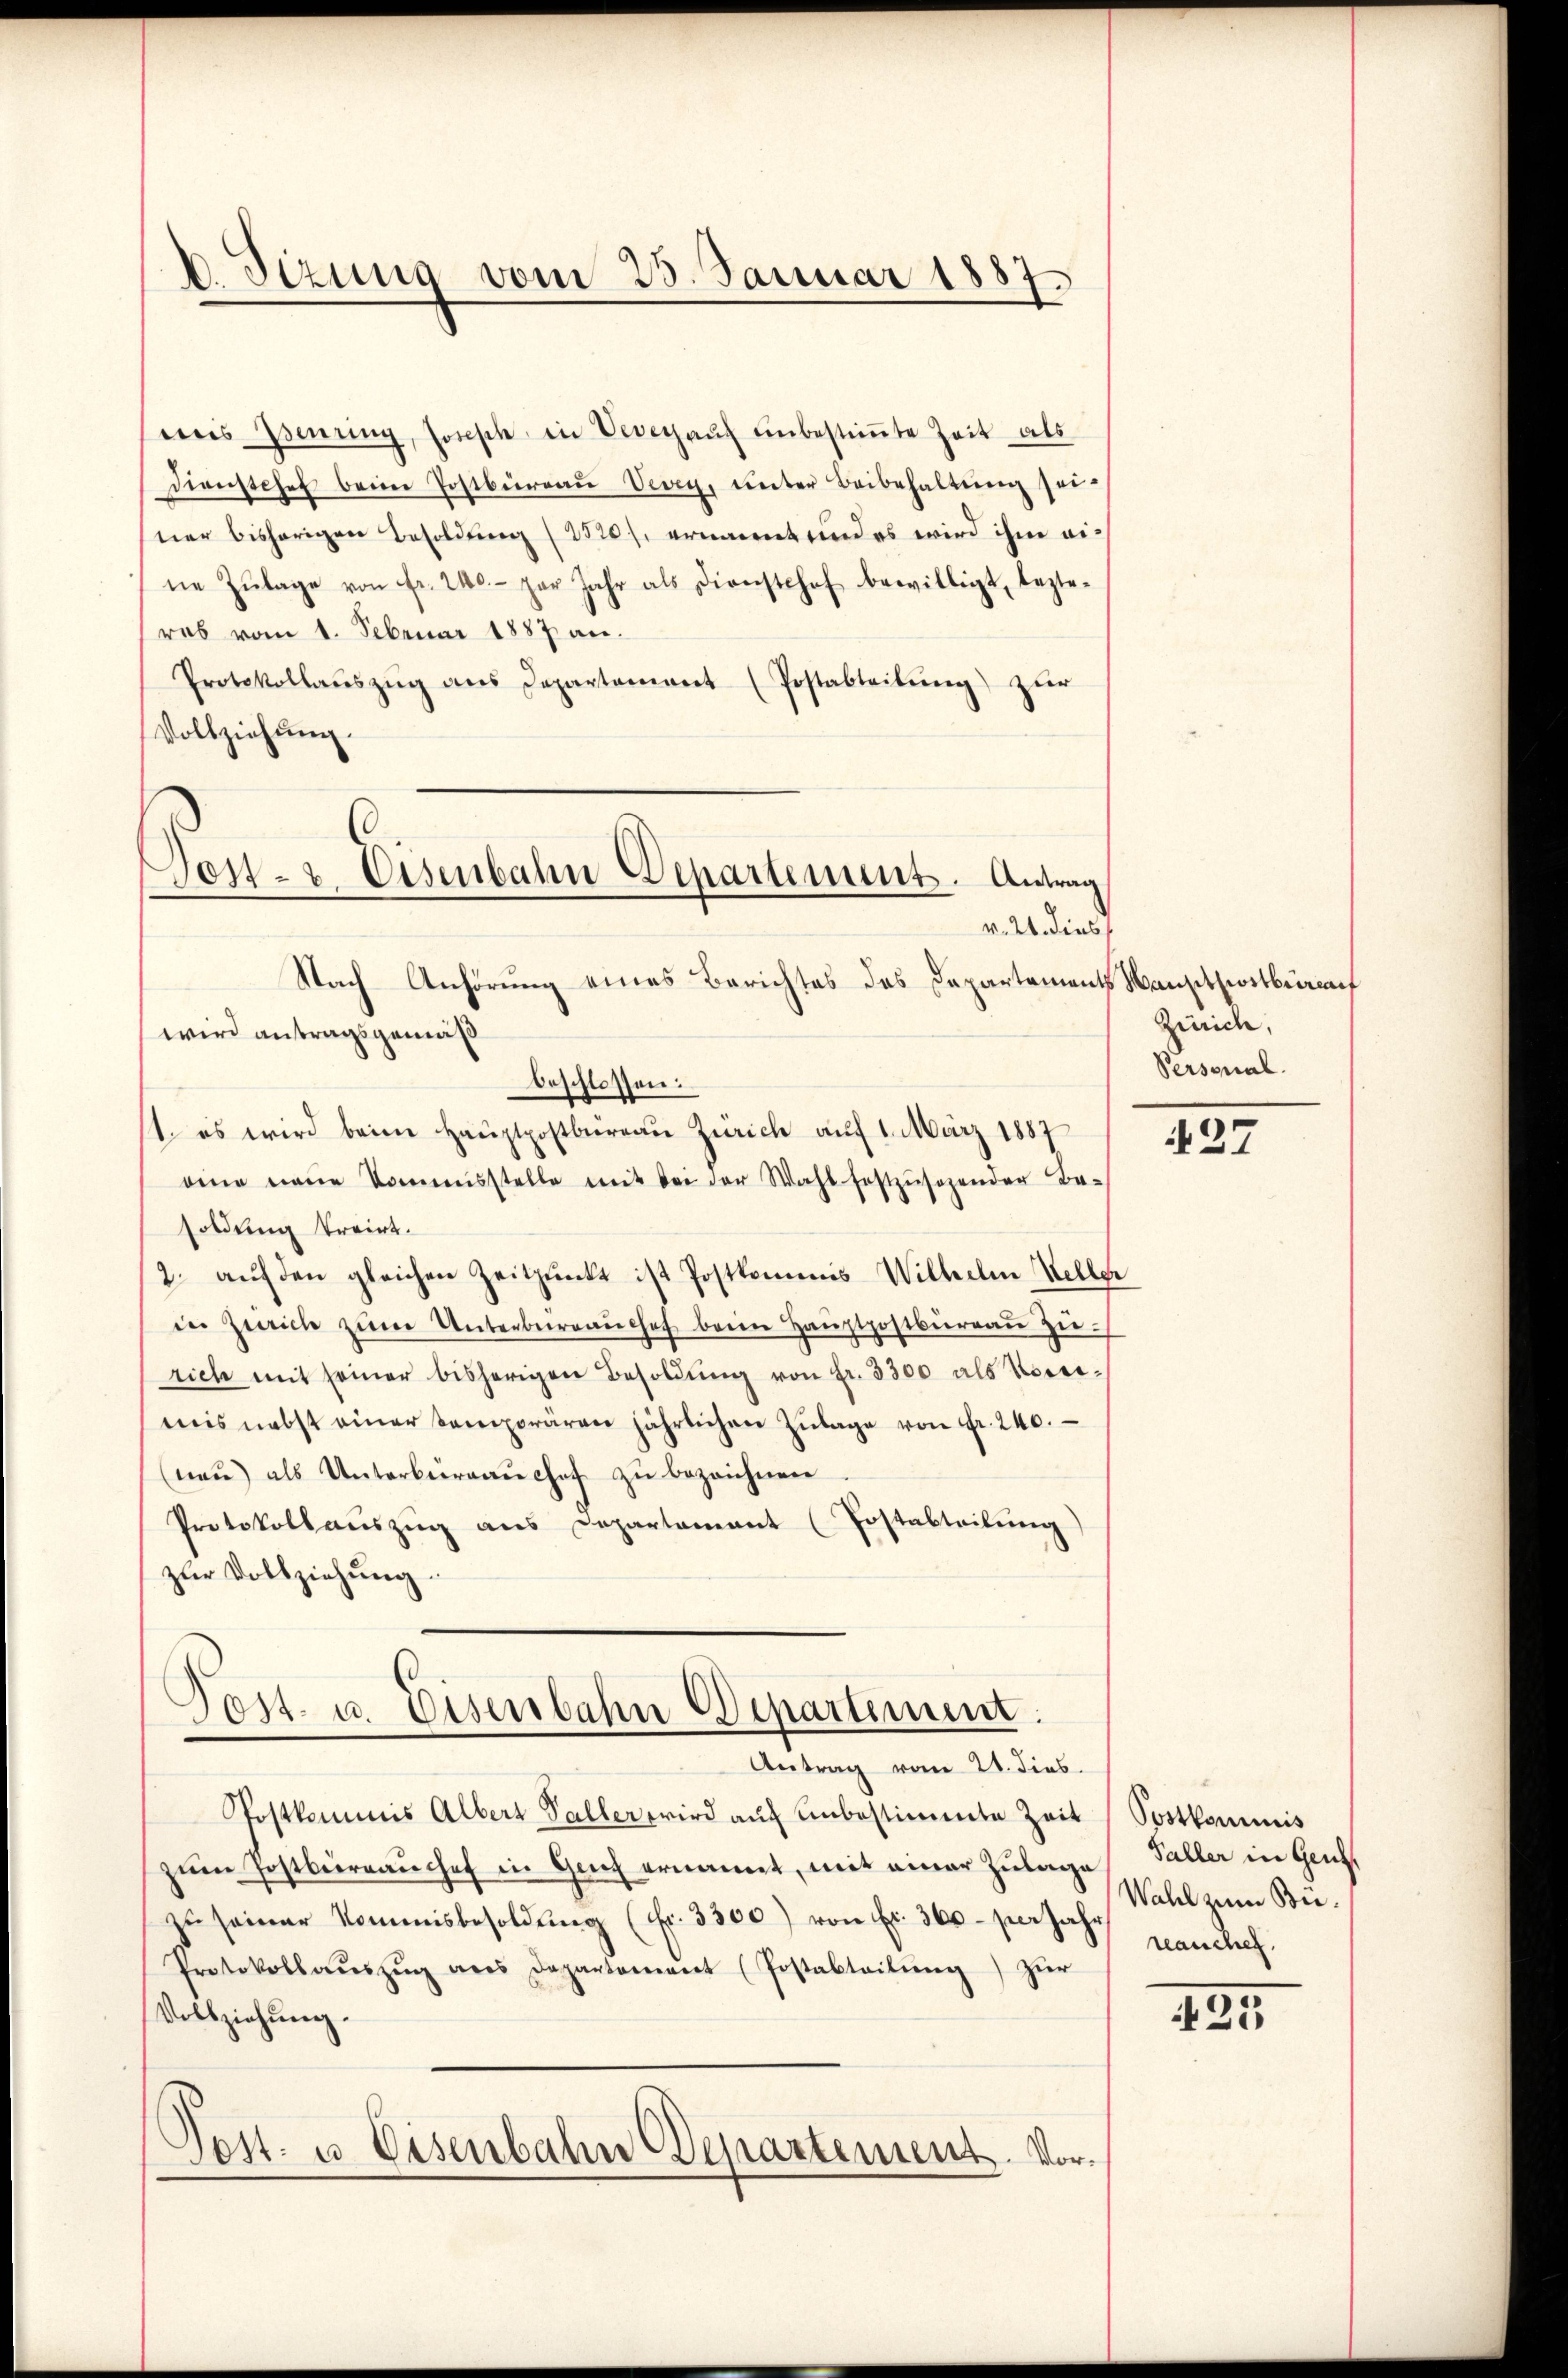
V. Tizuna vom 25. Januar 1887
d

weis Isenring, Joseph in Veverauf unbestimmte Zeit als
dienstehen beim Postbüreaŭ Vevey, unter Beibehaltŭng sei-
ner bisherigen Besoldung (2120/. ernannt und es wird ihm eine Zŭlage von fr. 240.- par Jahr als Dienstehof bewilligt, lezte-
ros vom 1. Februar 1887 an.
Protokollaŭszŭg ans Departement (Postabteilŭng zŭr
Vollziehung.

Von- Eisenbahn Departement. Antrag
v. 2. diesf
Nach Anhörung eines Berichtes des Departements Mansitzeitbenach

wird antragsgemäß
beschlossen:
1. es wird beim Haŭptpostbüreau Zürich auf 1. März 1887
eine neue kommensstelle mit bei der Wahl festzŭsezender Be-
soldung treirt.
2. aŭf den gleichen Zeitpunkt ist Postkommnis Wilhelm Stelle
in Zürich zŭm Unterbüreaŭchef beim Hauptpostbüreaŭ zŭ-
rich mit seiner bisherigen Besoldŭng von Fr. 3300 als Vorrimis nebst einer semporären jährlichen Zŭlage von Fr. 240.
nau) als Unterbierauchef zu bezeichnen
Protokollaŭszŭg ans Departamant (Postabteilung)
zŭr Vollziehung.
Post- u. Eisenbahn Departinum.
Antrag vom 21. dies
Postkommis Albert Taller wird auf unbestimmte Zeit
zŭm Postbüreaŭchef in Genf ernannt, mit einer Zulage
zŭ seiner Kommisbesoldŭng (fr. 3300) von Fr. 300 per Jahr
Protokollaŭszŭg ans Departoniert (Postabteilŭng zŭr
Vollziehung.
Post. es Eisenbahn Departement. Vor¬

Zürich,
Personal.

27

Postkommis
Faller in Gen
Wahl zum Beirauches.

423